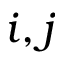
i , j